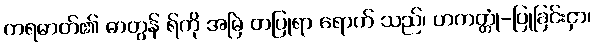
ကရဓာတ်၏ ဓာတွန် ရ်ကို အမြဲ တပြုရာ ရောက် သည်၊ ဟကတ္တုံ-ပြုခြင်းငှာ၊